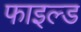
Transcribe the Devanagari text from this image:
फाइल्ड